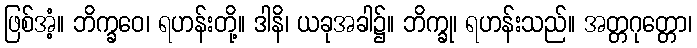
ဖြစ်အံ့။ ဘိက္ခဝေ၊ ရဟန်းတို့။ ဒါနိ၊ ယခုအခါ၌။ ဘိက္ခု၊ ရဟန်းသည်။ အတ္တဂုတ္တော၊